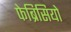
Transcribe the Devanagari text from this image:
फेब्रिसियो